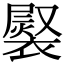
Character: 𧜷